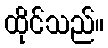
ထိုင်သည်။